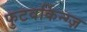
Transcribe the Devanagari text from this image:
फुटवर्किन्ग्ज़